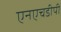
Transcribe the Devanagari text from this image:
एनएचडीपी